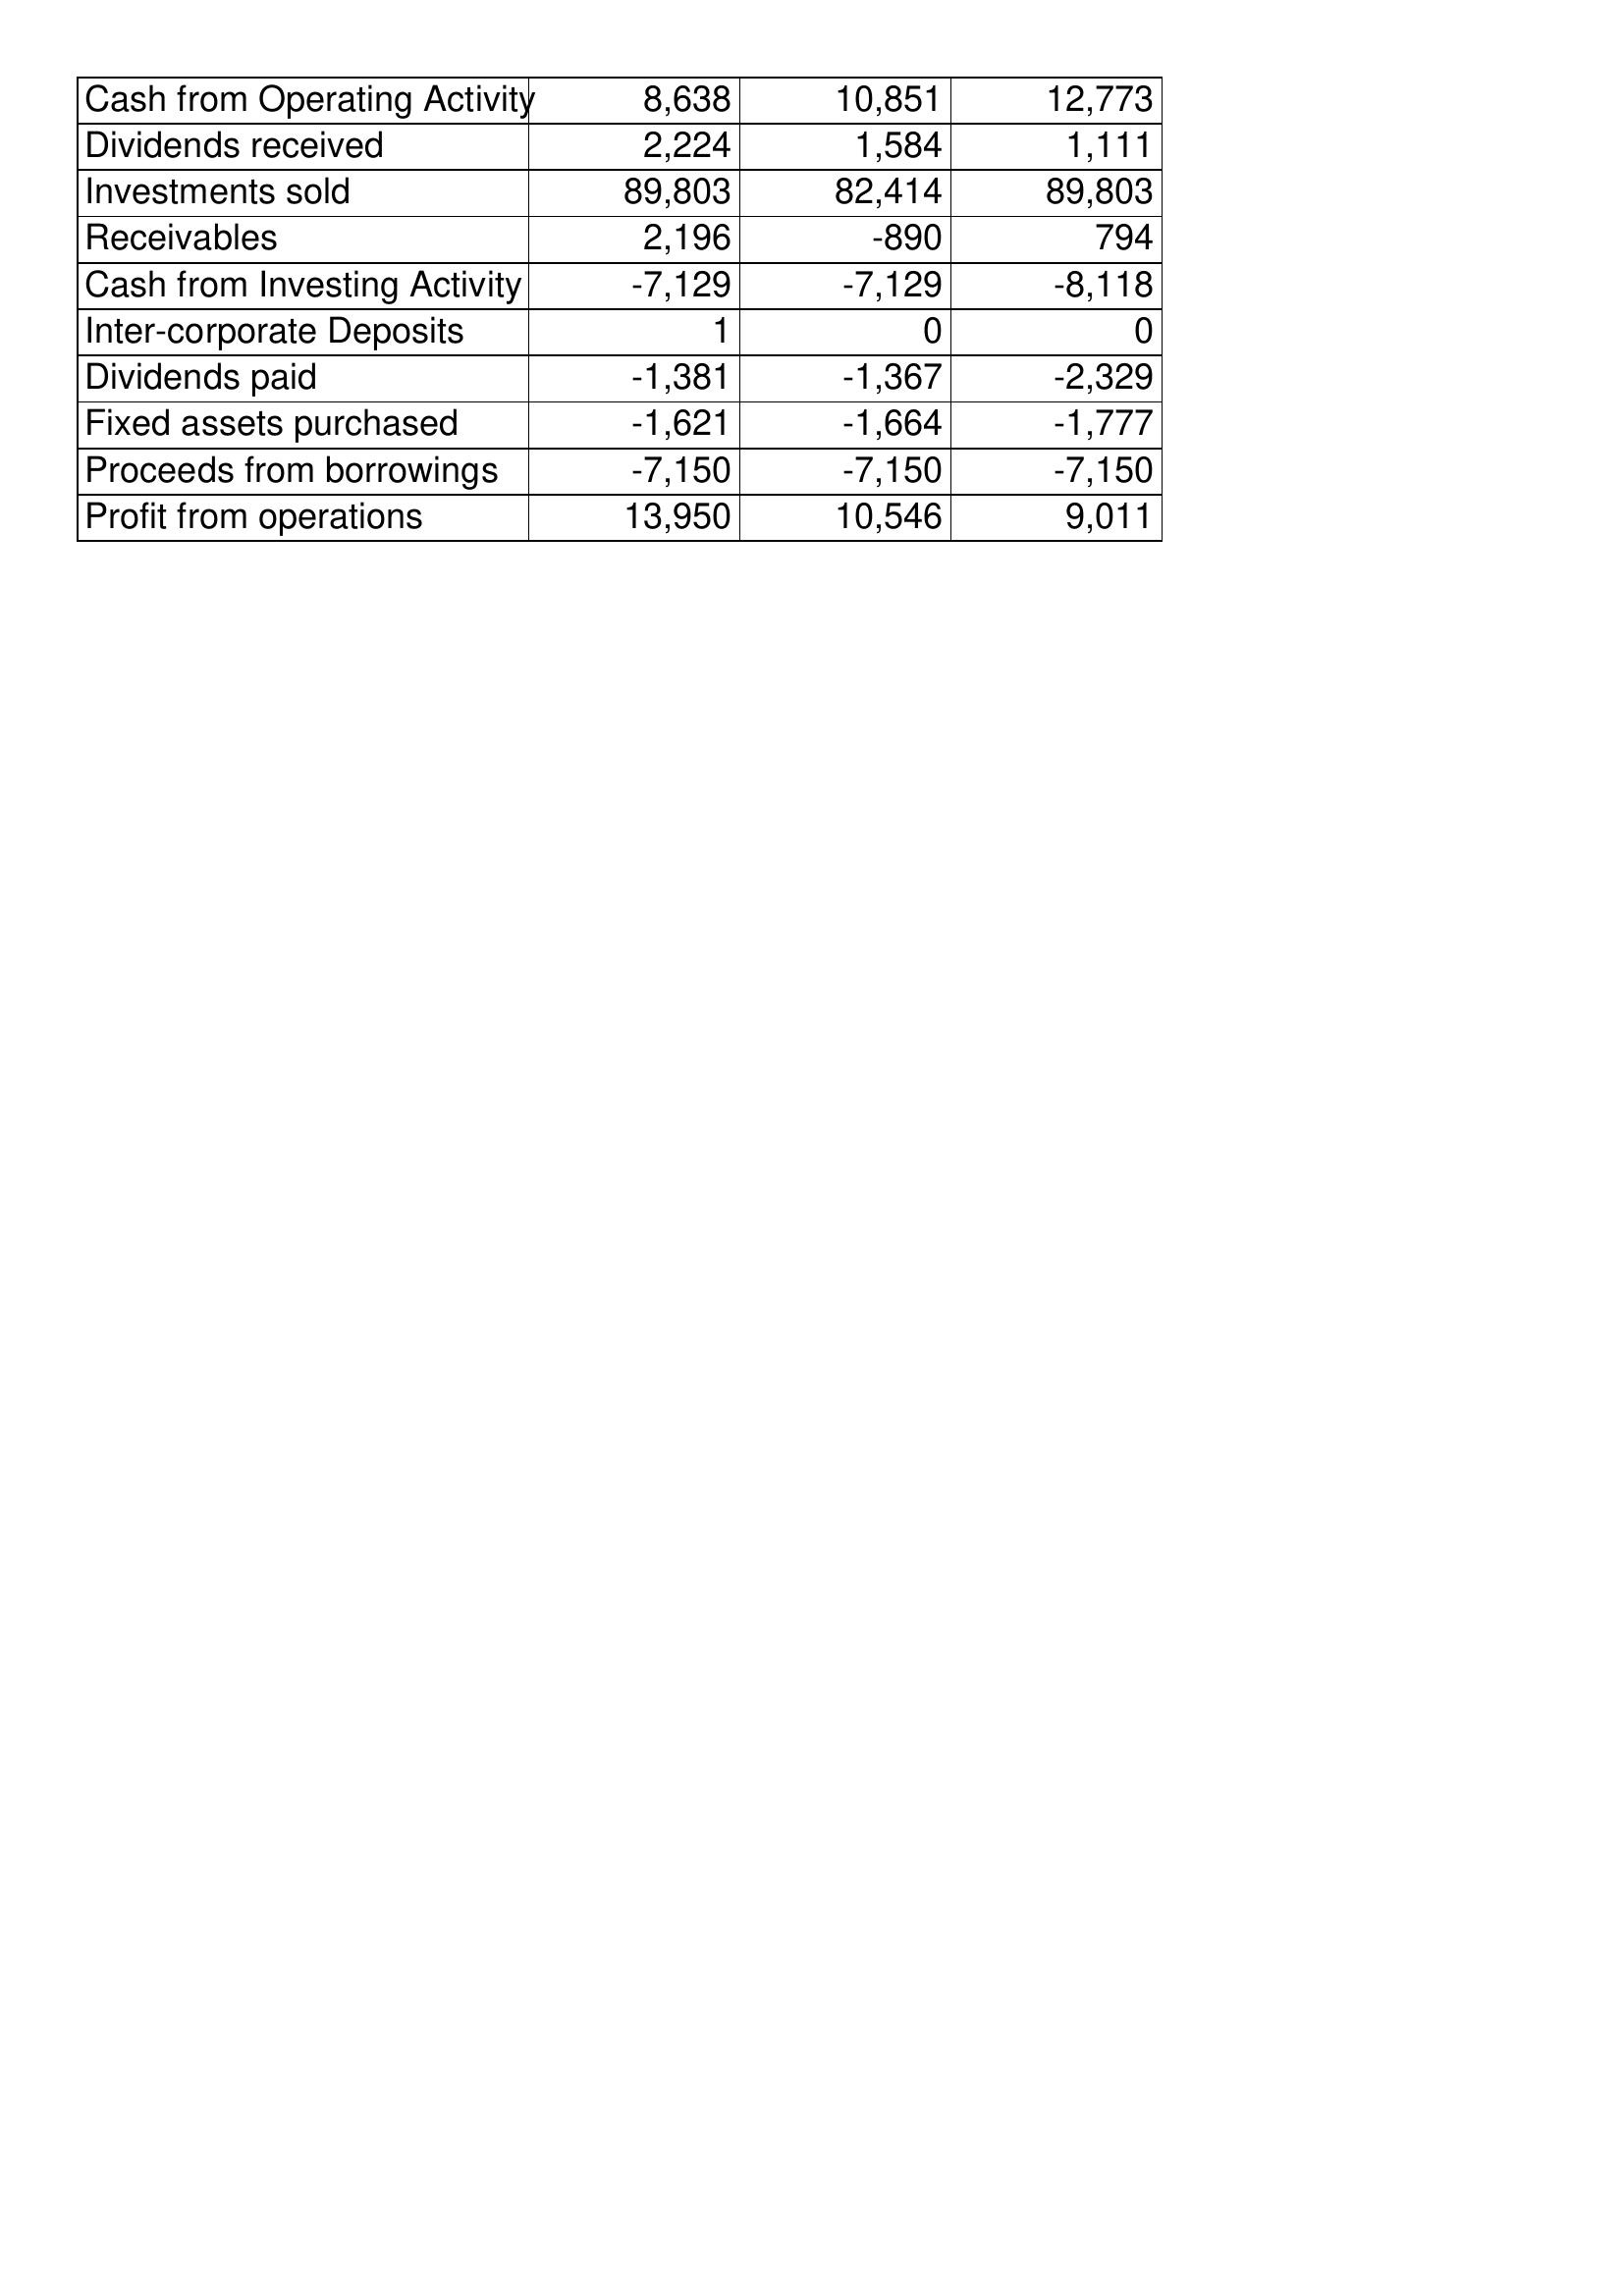
May-13: Cash Flows: Cash from Operating Activity: 8,638
Dividends received: 2,224
Investments sold: 89,803
Receivables: 2,196
Cash from Investing Activity: -7,129
Inter-corporate Deposits: 1
Dividends paid: -1,381
Fixed assets purchased: -1,621
Proceeds from borrowings: -7,150
Profit from operations: 13,950
May-12: Cash Flows: Cash from Operating Activity: 10,851
Dividends received: 1,584
Investments sold: 82,414
Receivables: -890
Cash from Investing Activity: -7,129
Inter-corporate Deposits: 0
Dividends paid: -1,367
Fixed assets purchased: -1,664
Proceeds from borrowings: -7,150
Profit from operations: 10,546
May-11: Cash Flows: Cash from Operating Activity: 12,773
Dividends received: 1,111
Investments sold: 89,803
Receivables: 794
Cash from Investing Activity: -8,118
Inter-corporate Deposits: 0
Dividends paid: -2,329
Fixed assets purchased: -1,777
Proceeds from borrowings: -7,150
Profit from operations: 9,011